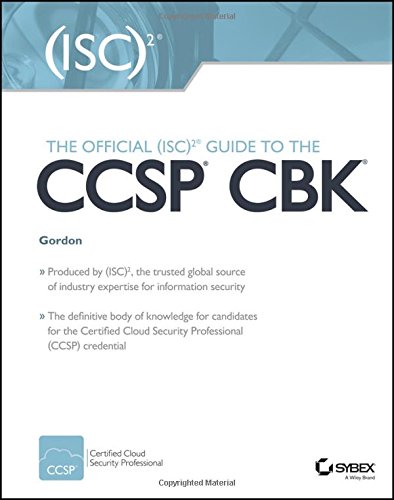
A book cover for The Official (ISC)2 Guide to the CCSP CBK; Steven Hernandez; Computers & Technology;